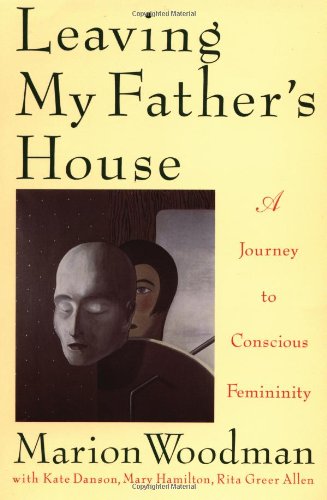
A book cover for Leaving My Father's House:  A Journey to Conscious Femininity; Marion Woodman; Science & Math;